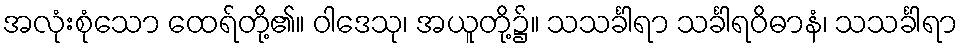
အလုံးစုံသော ထေရ်တို့၏။ ဝါဒေသု၊ အယူတို့၌။ သသင်္ခါရာ သင်္ခါရဝိဓာနံ၊ သသင်္ခါရာ